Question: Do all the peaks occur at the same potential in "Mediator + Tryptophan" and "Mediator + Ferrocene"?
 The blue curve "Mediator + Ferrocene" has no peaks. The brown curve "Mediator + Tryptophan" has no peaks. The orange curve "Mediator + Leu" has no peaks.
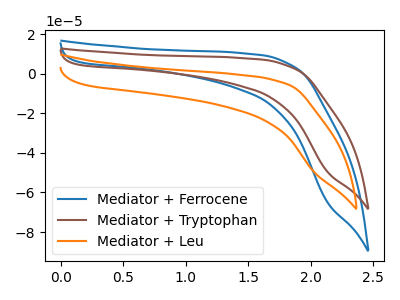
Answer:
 <answer>Niether CV has any peaks.</answer>
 <eval>blanks</eval>